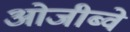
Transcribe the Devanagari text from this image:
ओजीब्वे